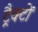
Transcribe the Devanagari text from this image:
ट्रैक्टों